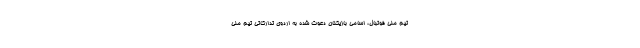
تیم ملی فوتبال، اسامی بازیکنان دعوت شده به اردوی تدارکاتی تیم ملی